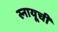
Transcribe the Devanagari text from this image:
स्नायूची